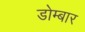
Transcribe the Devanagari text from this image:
डोम्बार